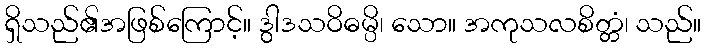
ရှိသည်၏အဖြစ်ကြောင့်။ ဒွါဒသဝိဓမ္ပိ၊ သော။ အကုသလစိတ္တံ၊ သည်။